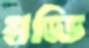
হাড্ডি